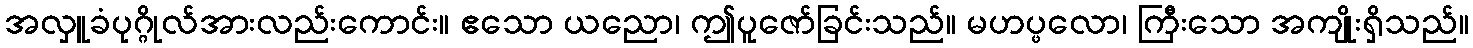
အလှူခံပုဂ္ဂိုလ်အားလည်းကောင်း။ ဧသော ယညော၊ ဤပူဇော်ခြင်းသည်။ မဟပ္ဖလော၊ ကြီးသော အကျိုးရှိသည်။